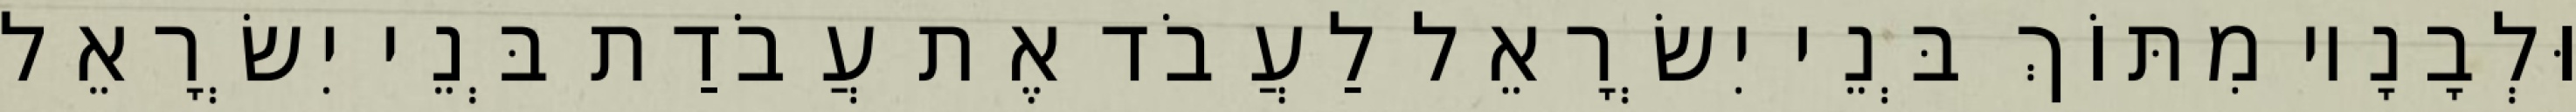
וּלְבָנָיו מִתּוֹךְ בְּנֵי יִשְׂרָאֵל לַעֲבֹד אֶת עֲבֹדַת בְּנֵי יִשְׂרָאֵל